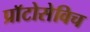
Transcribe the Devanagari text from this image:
प्राॅटोसेविच